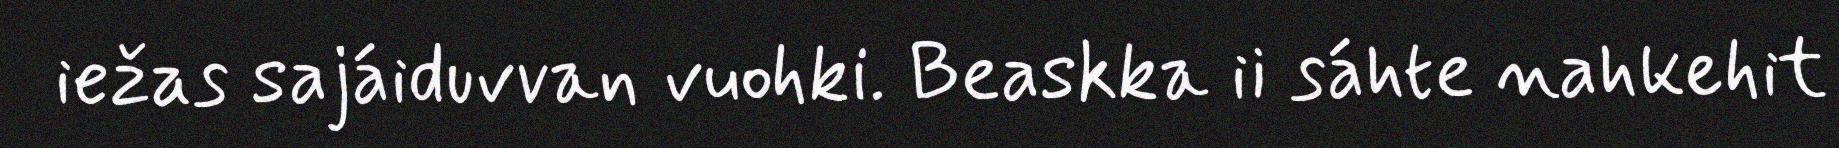
iežas sajáiduvvan vuohki. Beaskka ii sáhte nahkehit